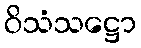
ဝိသံသဋ္ဌော